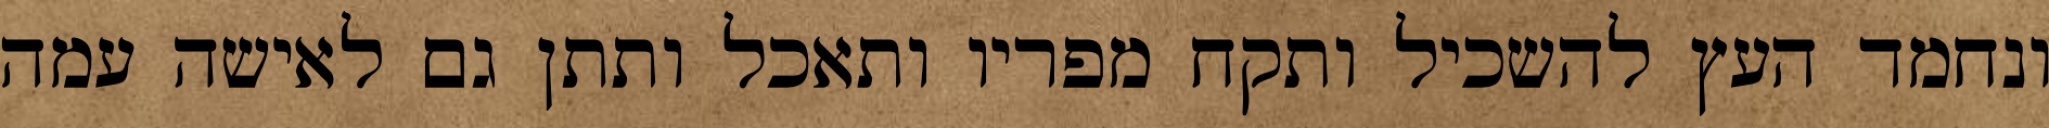
ונחמד העץ להשכיל ותקח מפריו ותאכל ותתן גם לאישה עמה